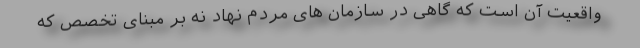
واقعیت آن است که گاهی در سازمان های مردم نهاد نه بر مبنای تخصص که